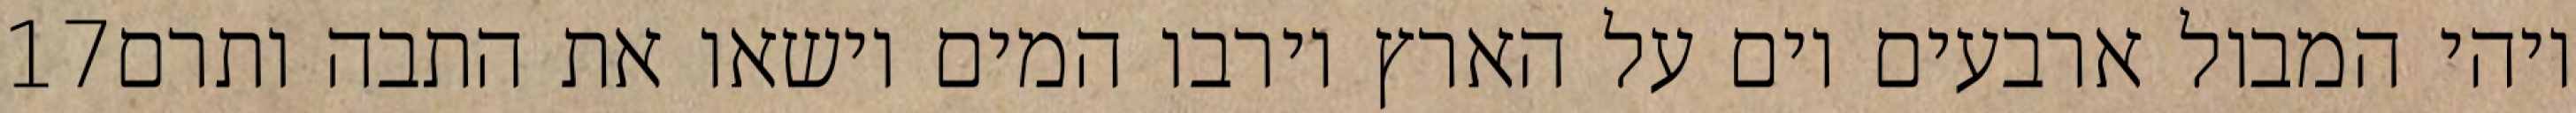
‎17‏ ויהי המבול ארבעים יום על הארץ וירבו המים וישאו את התבה ותרם